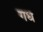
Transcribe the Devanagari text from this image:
गध